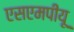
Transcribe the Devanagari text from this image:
एसएमपीयू